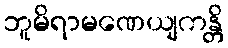
ဘူမိရာမဏေယျကန္တိ